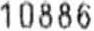
10886